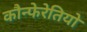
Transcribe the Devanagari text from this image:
कौन्फेरेतियो